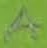
Text: A